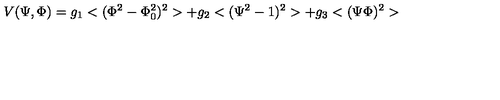
V ( \Psi , \Phi ) = g _ { 1 } < ( \Phi ^ { 2 } - \Phi _ { 0 } ^ { 2 } ) ^ { 2 } > + g _ { 2 } < ( \Psi ^ { 2 } - 1 ) ^ { 2 } > + g _ { 3 } < ( \Psi \Phi ) ^ { 2 } >